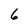
Character: 6